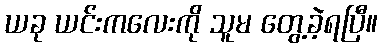
ယခု ယင်းကလေးကို သူမ တွေ့ခဲ့ရပြီ။